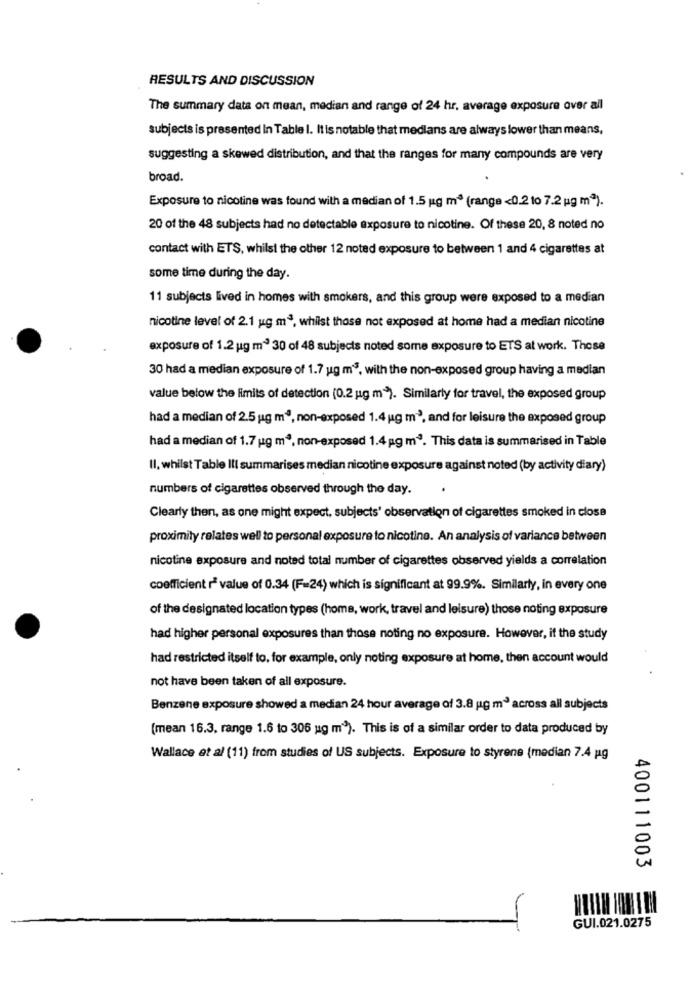
RESULTS AND DISCUSSION
The summary data on mean, median and range of 24 hr, average exposure over all
subjects is presented in Table I. It is notable that medians are always lower than means,
suggesting a skewed distribution, and that the ranges for many compounds are very
broad.
Exposure to nicotine was found with a median of 1.5 g m3 (range <0.2 to 7.2 ug mª).
20 of the 48 subjects had no detectable exposure to nicotine. Of these 20, 8 noted no
contact with ETS, whilst the other 12 noted exposure to between 1 and 4 cigarettes at
some time during the day.
11 subjects lived in homes with smokers, and this group were exposed to a median
nicotine level of 2.1 ug m3, whilst those not exposed at home had a median nicotine
exposure of 1.2 ug m3 30 of 48 subjects noted some exposure to ETS at work. Those
30 had a median exposure of 1.7 ug m3, with the non-exposed group having a median
value below the limits of detection (0.2 ug m"). Similarly for travel, the exposed group
had a median of 2.5 ug m2, non-exposed 1.4 ug m', and for leisure the exposed group
had a median of 1.7 ug m2, non-exposed 1.4 gg m3. This data is summarised in Table
Il, whilst Table Ill summarises median nicotine exposure against noted (by activity diary)
numbers of cigarettes observed through the day.
Clearly then, as one might expect, subjects' observation of cigarettes smoked in close
proximity relates well to personal exposure to nicotine. An analysis of variance between
nicotine exposure and noted total number of cigarettes observed yields a correlation
coefficient r' value of 0.34 (F=24) which is significant at 99.9%. Similarly, in every one
of the designated location types (home, work, travel and leisure) those noting exposure
had higher personal exposures than those noting no exposure. However, it the study
had restricted itself to, for example, only noting exposure at home, then account would
not have been taken of all exposure.
Benzene exposure showed a median 24 hour average of 3.8 g m3' across all subjects
(mean 16.3. range 1.6 to 306 ug m). This is of a similar order to data produced by
Wallace at al (11) from studies of US subjects. Exposure to styrene (median 7.4 pag
400111003
GUI.021.0275